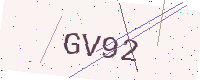
Text: GV92